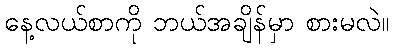
နေ့လယ်စာကို ဘယ်အချိန်မှာ စားမလဲ။